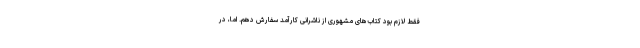
فقط لازم بود کتاب‌های مشهوری از ناشرانی کارآمد سفارش دهم. اما، در